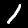
Label: 1